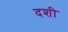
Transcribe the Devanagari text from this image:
दशी